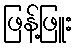
ဖြန့်ဖြူး